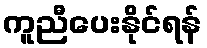
ကူညီပေးနိုင်ရန်